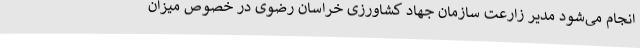
انجام می‌شود مدیر زارعت سازمان جهاد کشاورزی خراسان رضوی در خصوص میزان